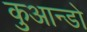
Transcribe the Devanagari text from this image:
कुआन्डो